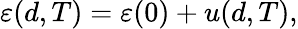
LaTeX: \varepsilon(d,T)=\varepsilon(0)+u(d,T),